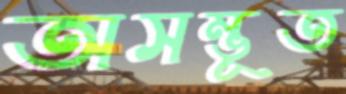
অসম্ভূত